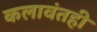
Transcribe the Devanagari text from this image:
कलावंतही